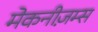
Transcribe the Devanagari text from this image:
मेकनीज़म्स